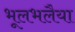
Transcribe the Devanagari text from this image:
भूलभलैया